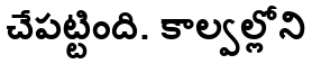
చేపట్టింది. కాల్వల్లోని